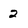
Character: 2